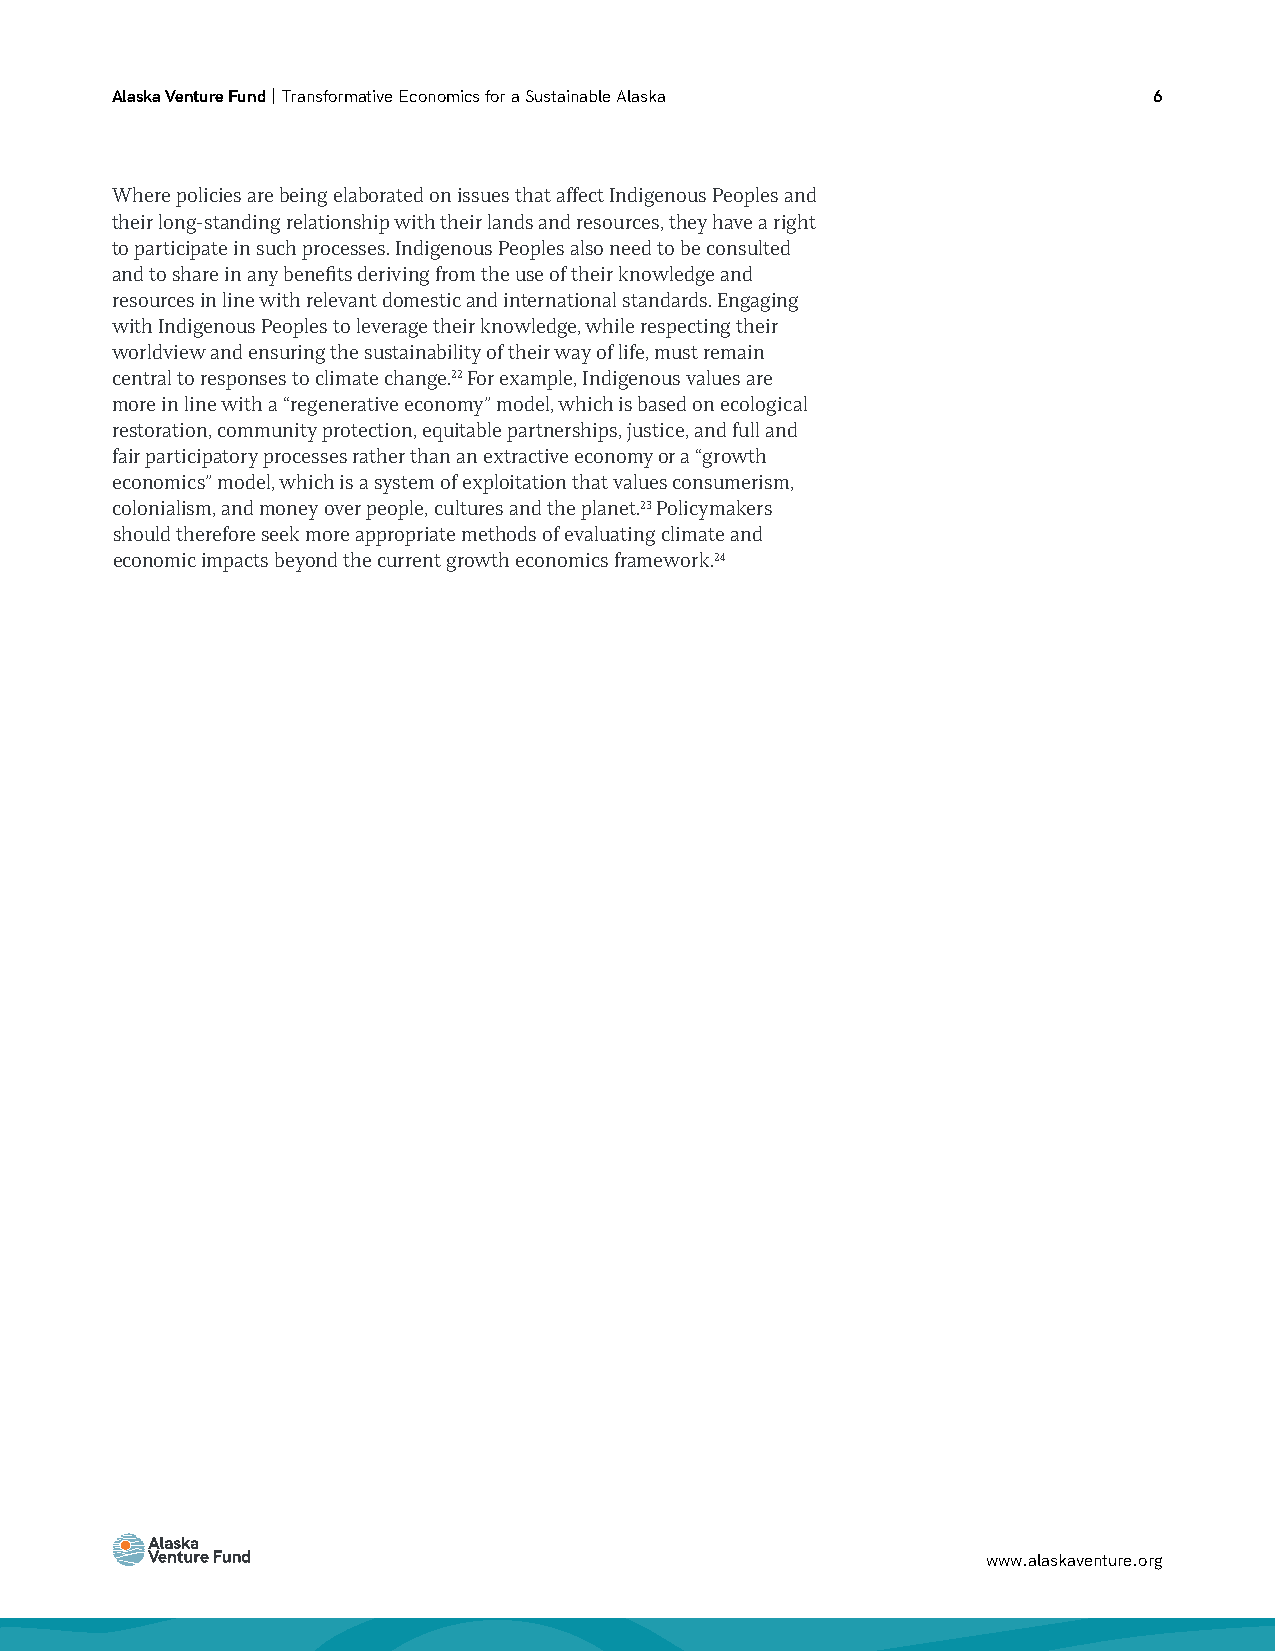
Alaska Venture Fund | Transformative Economics for a Sustainable Alaska 6
 Where policies are being elaborated on issues that affect Indigenous Peoples and
 their long-standing relationship with their lands and resources, they have a right
 to participate in such processes. Indigenous Peoples also need to be consulted
 and to share in any benefits deriving from the use of their knowledge and
 resources in line with relevant domestic and international standards. Engaging
 with Indigenous Peoples to leverage their knowledge, while respecting their
 worldview and ensuring the sustainability of their way of life, must remain
 central to responses to climate change.22 For example, Indigenous values are
 more in line with a “regenerative economy” model, which is based on ecological
 restoration, community protection, equitable partnerships, justice, and full and
 fair participatory processes rather than an extractive economy or a “growth
 economics” model, which is a system of exploitation that values consumerism,
 colonialism, and money over people, cultures and the planet.23 Policymakers
 should therefore seek more appropriate methods of evaluating climate and
 economic impacts beyond the current growth economics framework.24
 www.alaskaventure.org